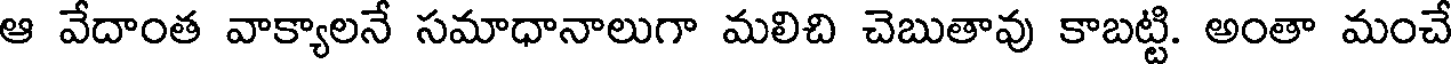
ఆ వేదాంత వాక్యాలనే సమాధానాలుగా మలిచి చెబుతావు కాబట్టి. అంతా మంచే